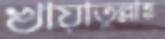
খায়াতুল্লাহ